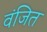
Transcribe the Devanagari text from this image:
वंजित